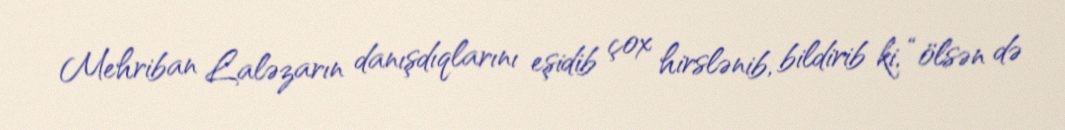
Mehriban Laləzarın danışdıqlarını eşidib çox hirslənib, bildirib ki, “ölsən də